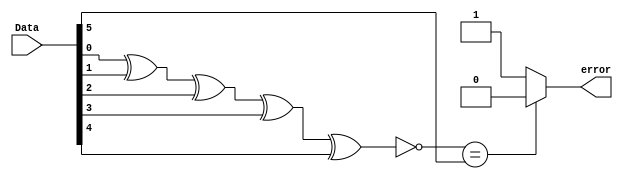
`timescale 1 ns/1 ns
module Parity_Error_Checker(
input [5:0]Data,
output error
    );
wire z;
 xnor g1(z,Data[0],Data[1],Data[2],Data[3],Data[4]);
	 
	 assign error = (z==Data[5])? 0 : 1;
	 

endmodule